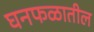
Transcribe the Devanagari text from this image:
घनफळातील